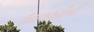
ઉભયચરોની